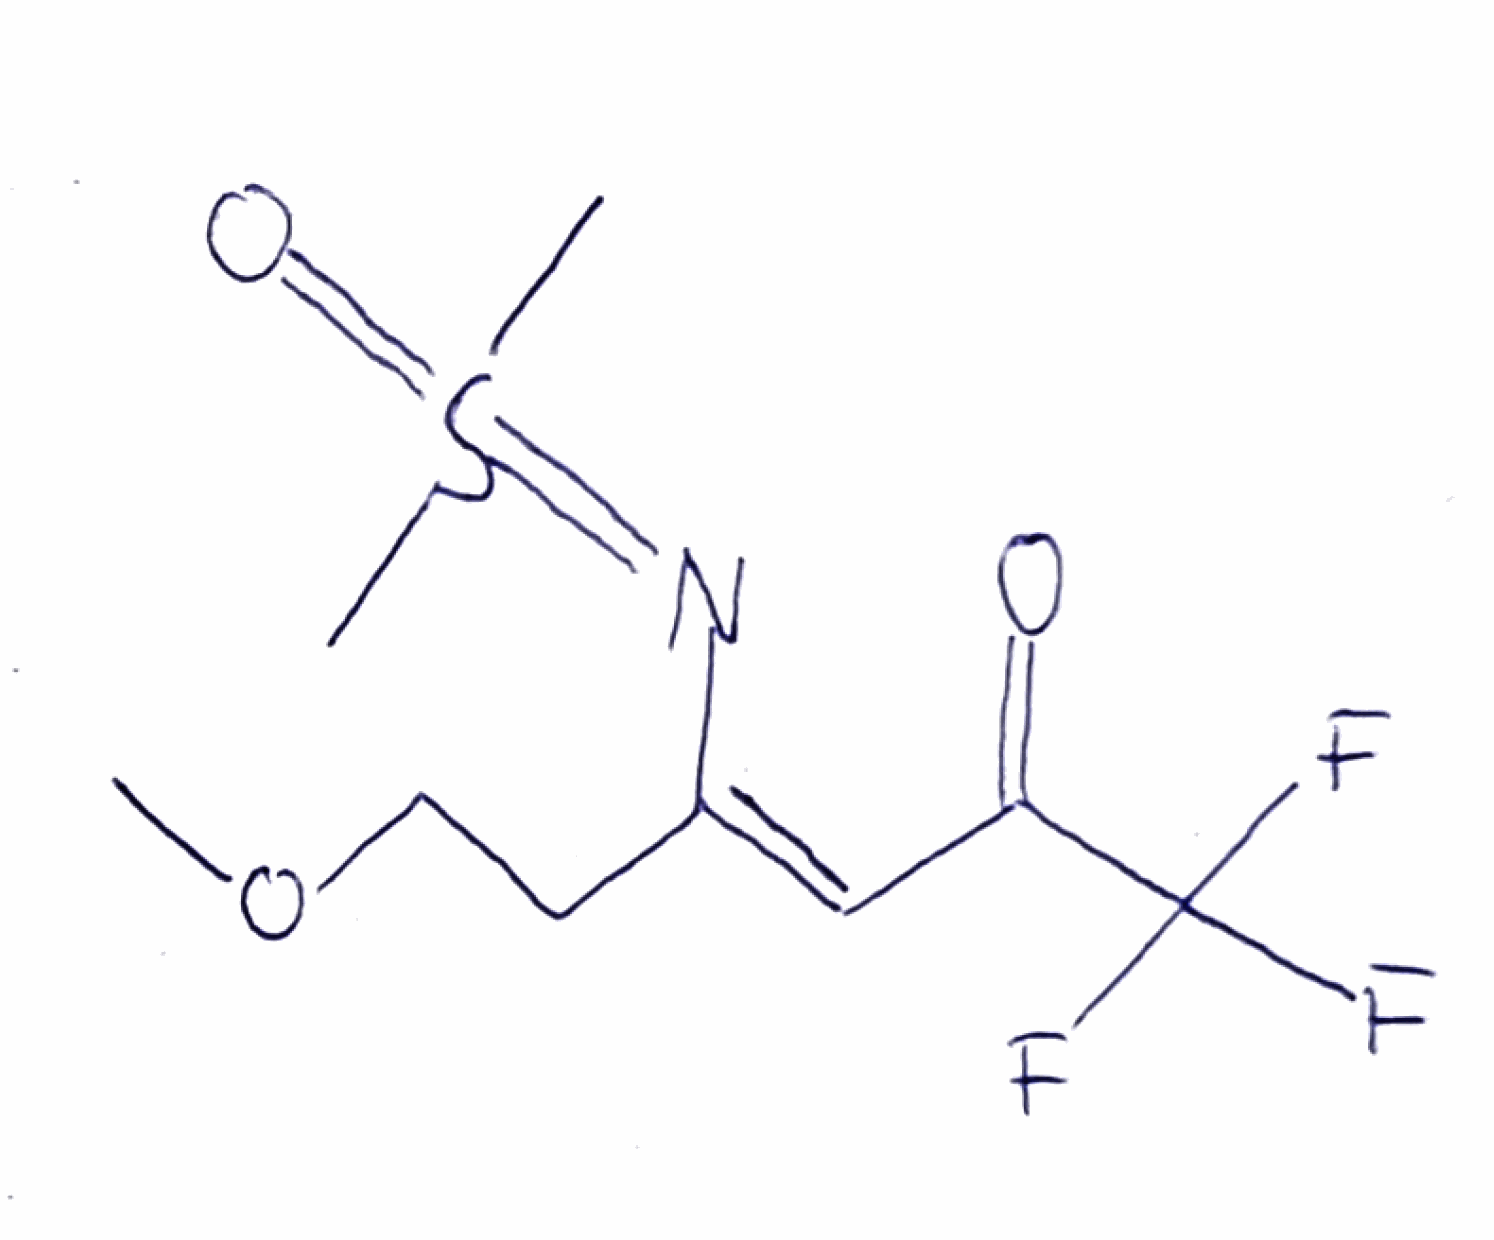
Simplified molecular-input line-entry system (SMILES) notation of the given molecule:
COCC/C(=C/C(=O)C(F)(F)F)/N=S(=O)(C)C